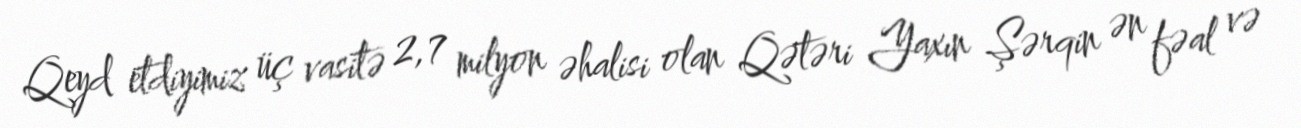
Qeyd etdiyimiz üç vasitə 2,7 milyon əhalisi olan Qətəri Yaxın Şərqin ən fəal və